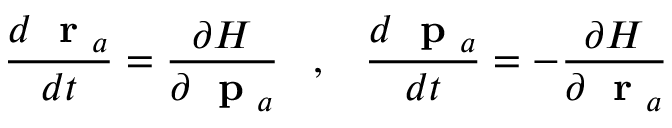
\frac { d \mathrm { ~ \bf ~ r ~ } _ { a } } { d t } = \frac { \partial H } { \partial \mathrm { ~ \bf ~ p ~ } _ { a } } \; \; \; , \; \; \; \frac { d \mathrm { ~ \bf ~ p ~ } _ { a } } { d t } = - \frac { \partial H } { \partial \mathrm { ~ \bf ~ r ~ } _ { a } }